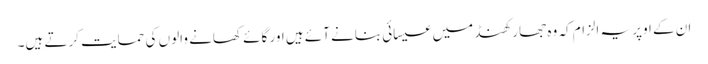
ان کے اوپر یہ الزام کہ وہ جھارکھنڈ میں عیسائی بنانے آئے ہیں اور گائے کھانے والوں کی حمایت کرتے ہیں۔